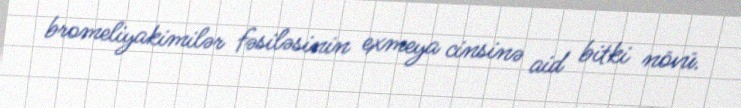
bromeliyakimilər fəsiləsinin exmeya cinsinə aid bitki növü.